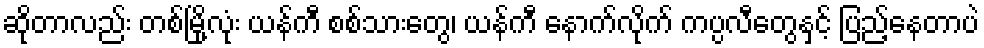
ဆိုတာလည်း တစ်မြို့လုံး ယန်ကီ စစ်သားတွေ၊ ယန်ကီ နောက်လိုက် ကပ္ပလီတွေနှင့် ပြည့်နေတာပဲ